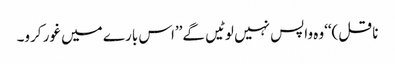
ناقل)‘‘وہ واپس نہیں لوٹیں گے’’اس بارے میں غور کرو۔